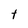
Character: t